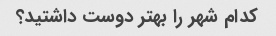
کدام شهر را بهتر دوست داشتید؟